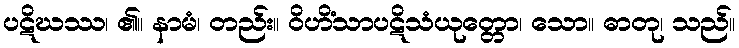
ပဋိဃဿ၊ ၏။ နာမံ၊ တည်း။ ဝိဟိံသာပဋိသံယုတ္တော၊ သော။ ဓာတု၊ သည်။